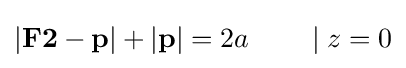
|\mathbf {F2} -\mathbf {p} |+|\mathbf {p} |=2a\qquad \mid z=0